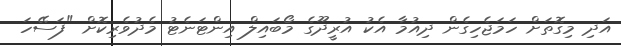
އަދި މިގޮތަށް ހަމަޖެހިގެން ދިއުމާ އެކު އުރީދޫގެ މޯބައިލް އިންޓަނެޓު މެދުވެރިކޮށް "ފަސޭހަ